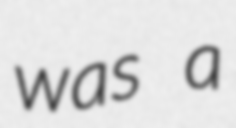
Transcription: was a